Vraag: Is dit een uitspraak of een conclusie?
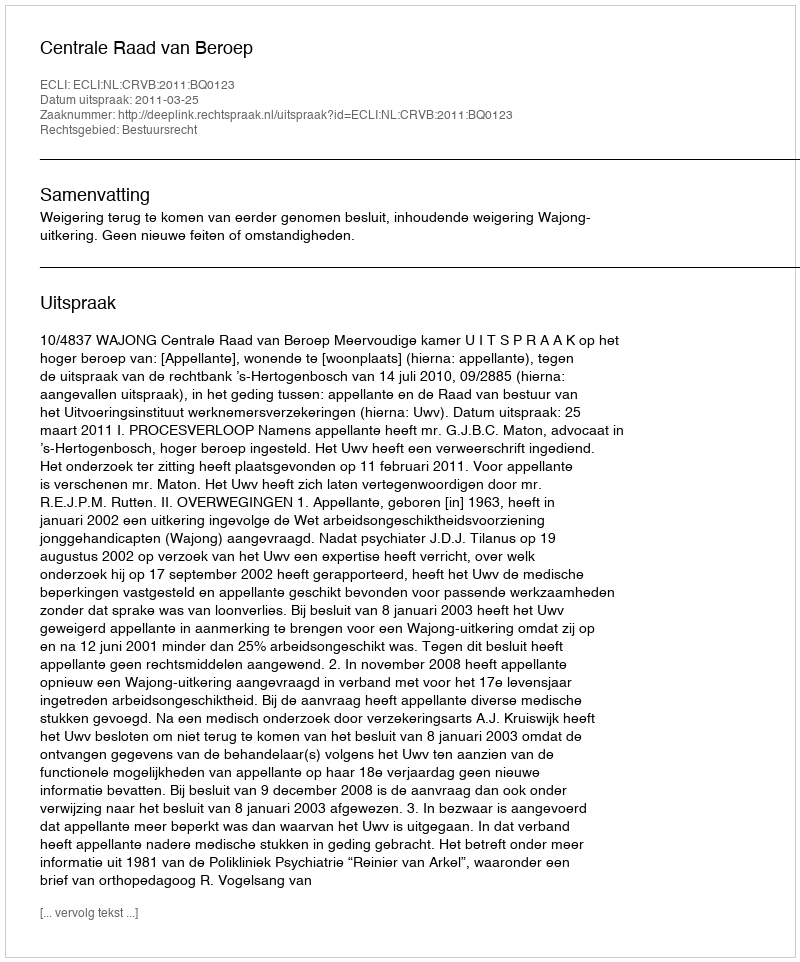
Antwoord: Uitspraak